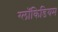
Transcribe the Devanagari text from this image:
ग्लॉकिडियम